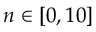
n \in [ 0 , 1 0 ]